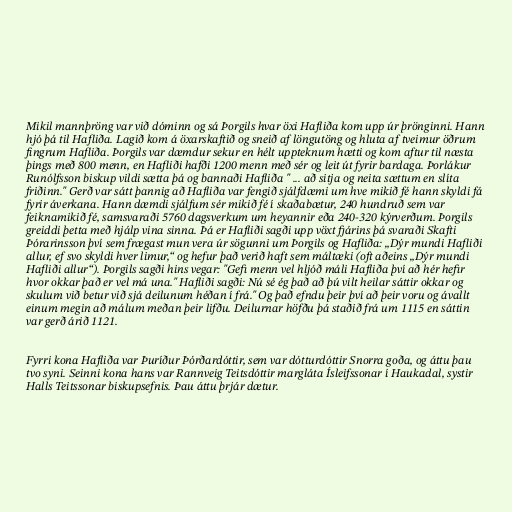
Mikil mannþröng var við dóminn og sá Þorgils hvar öxi Hafliða kom upp úr þrönginni. Hann
hjó þá til Hafliða. Lagið kom á öxarskaftið og sneið af löngutöng og hluta af tveimur öðrum
fingrum Hafliða. Þorgils var dæmdur sekur en hélt uppteknum hætti og kom aftur til næsta
þings með 800 menn, en Hafliði hafði 1200 menn með sér og leit út fyrir bardaga. Þorlákur
Runólfsson biskup vildi sætta þá og bannaði Hafliða " ... að sitja og neita sættum en slíta
friðinn." Gerð var sátt þannig að Hafliða var fengið sjálfdæmi um hve mikið fé hann skyldi fá
fyrir áverkana. Hann dæmdi sjálfum sér mikið fé í skaðabætur, 240 hundruð sem var
feiknamikið fé, samsvaraði 5760 dagsverkum um heyannir eða 240-320 kýrverðum. Þorgils
greiddi þetta með hjálp vina sinna. Þá er Hafliði sagði upp vöxt fjárins þá svaraði Skafti
Þórarinsson því sem frægast mun vera úr sögunni um Þorgils og Hafliða: „Dýr mundi Hafliði
allur, ef svo skyldi hver limur,“ og hefur það verið haft sem máltæki (oft aðeins „Dýr mundi
Hafliði allur“). Þorgils sagði hins vegar: "Gefi menn vel hljóð máli Hafliða því að hér hefir
hvor okkar það er vel má una." Hafliði sagði: Nú sé ég það að þú vilt heilar sáttir okkar og
skulum við betur við sjá deilunum héðan í frá." Og það efndu þeir því að þeir voru og ávallt
einum megin að málum meðan þeir lifðu. Deilurnar höfðu þá staðið frá um 1115 en sáttin
var gerð árið 1121.

Fyrri kona Hafliða var Þuríður Þórðardóttir, sem var dótturdóttir Snorra goða, og áttu þau
tvo syni. Seinni kona hans var Rannveig Teitsdóttir margláta Ísleifssonar í Haukadal, systir
Halls Teitssonar biskupsefnis. Þau áttu þrjár dætur.